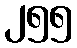
၂၅၅